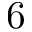
6